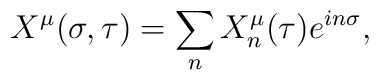
X^\mu(\sigma, \tau) = \sum_n X^\mu_n(\tau) e^{in\sigma},